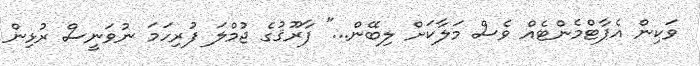
ވަކިން އެޕާޓްމެންޓެއް ވެސް މަލާކަށް ލިބޭން..." ފާރޫޤުގެ ޖުމްލަ ފުރިހަމަ ނުވަނީސް ރުޅިން